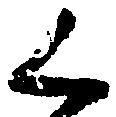
く